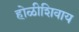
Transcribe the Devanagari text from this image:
होळीशिवाय